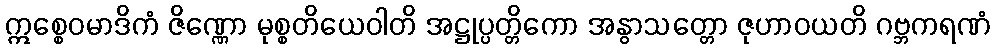
ဣစ္စေဝမာဒိကံ ဇိဏ္ဏော မုစ္စတိယေဝါတိ အဋ္ဌုပ္ပတ္တိကော အနွာသတ္တော ဇုဟာဝယတိ ဂဗ္ဘကရဏံ